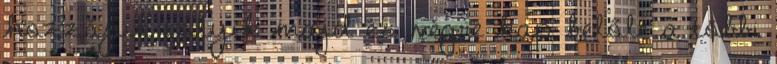
hozzájuk folyik majd és végre kap belőle a többi